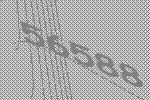
56588